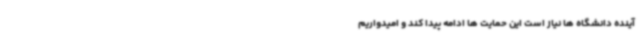
آینده دانشگاه ها نیاز است این حمایت ها ادامه پیدا کند و امیدواریم